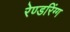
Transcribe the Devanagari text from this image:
रेण्डरिंग्ग